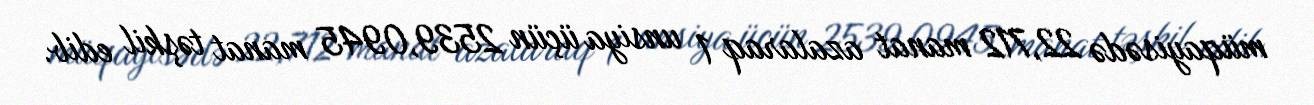
müqayisədə 22,712 manat azalaraq 1 unsiya üçün 2539,0945 manat təşkil edib.